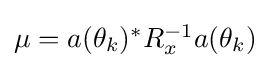
\textstyle \mu =a(\theta _{k})^{*}R_{x}^{-1}a(\theta _{k})